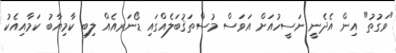
"ވަގުތު" އިން އެދެނީ ނަސީހުއަށް އަވަސް މުސްތަޤުބަލެއްގައި ޑޯނަރއެއް ލިބި ކާމިޔާބު ކަމާއިއެކު